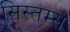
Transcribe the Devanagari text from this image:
सिस्तम्स